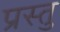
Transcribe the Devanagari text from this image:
प्रस्तु